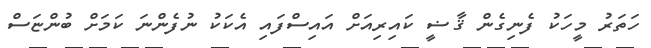
ހަތަރު މީހަކު ފެނިގެން ޤާޟީ ކައިރިއަށް އައިސްފައި އެކަކު ނުފެންނަ ކަމަށް ބުންޏަސް